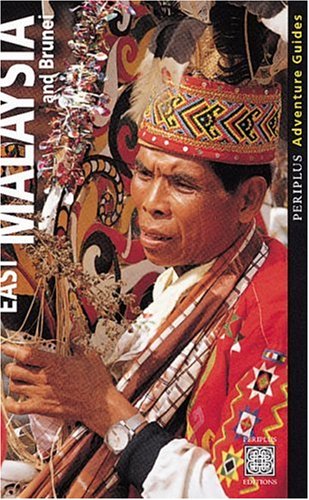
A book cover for East Malaysia and Brunei: Periplus Adventure Guides; Periplus Editions; Travel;